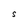
Character: S